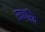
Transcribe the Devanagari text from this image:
स्वचरित